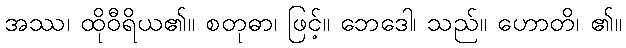
အဿ၊ ထိုဝီရိယ၏။ စတုဓာ၊ ဖြင့်။ ဘေဒေါ၊ သည်။ ဟောတိ၊ ၏။